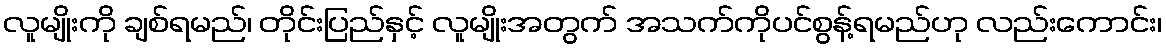
လူမျိုးကို ချစ်ရမည်၊ တိုင်းပြည်နှင့် လူမျိုးအတွက် အသက်ကိုပင်စွန့်ရမည်ဟု လည်းကောင်း၊